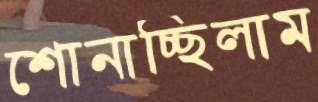
শোনাচ্ছিলাম